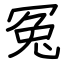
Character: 冤